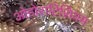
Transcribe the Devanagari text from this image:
ओडोराटिसियम